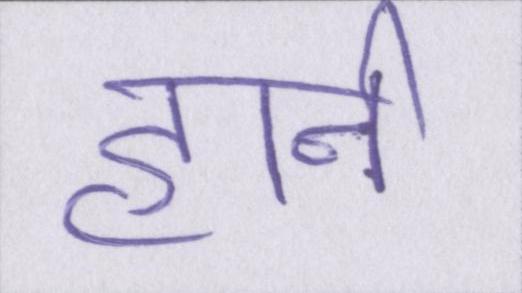
हार्न